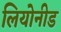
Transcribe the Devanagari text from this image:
लियोनीड